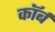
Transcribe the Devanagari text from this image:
कॉर्ब